Annual administration and progress report of the Indian Medical Department, Bombay
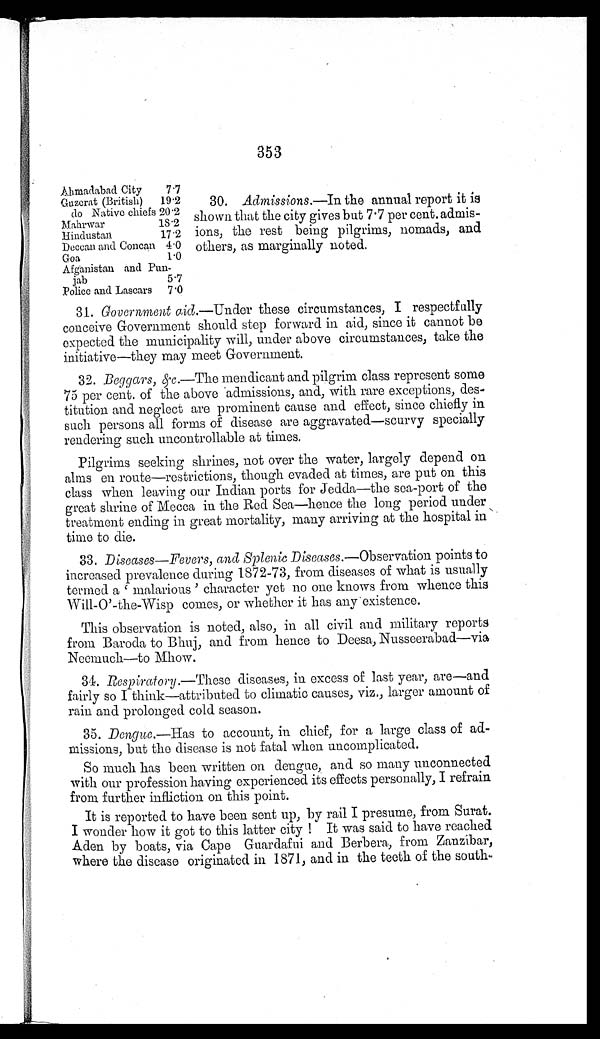
353
Ahmadabad City
7.7
Guzerat (British)
19.2
do Native chiefs 20.2
Mahrwar
18.2
Hindustan
17.2
Deccan and Concan 4.0
Goa
1.0
Afganistan and Pun-
jab
5.7
Police and Lascars
7 . 0
30. Admissions. —In the annual report it is
shown that the city gives but 7 . 7 per cent.
a d m i s - i o n s , t h e r e s t b e i n g p i l g r i m s , n o m a d s ,a
n d
others, as marginally noted.
31. Government aid.—Under these circumstances, I respectfully
conceive Government should step forward in aid, since it cannot be
expected the municipality will, under above circumstances, take the
initiative—they may meet Government.
32. Beggars, &c.—The mendicant and pilgrim class represent some
75 per cent. of the above admissions, and, with rare exceptions, des-
titution and neglect are prominent cause and effect, since chiefly in
such persons all forms of disease are aggravated—scurvy specially
rendering such uncontrollable at times.
Pilgrims seeking shrines, not over the water, largely depend on
alms en route—restrictions, though evaded at times, are put on this
class when leaving our Indian ports for Jedda—the sea-port of the
great shrine of Mecca in the Red Sea—hence the long period under
treatment ending in great mortality, many arriving at the hospital in
time to die.
33. Diseases—Fevers, and Splenic Diseases.—Observation points to
increased prevalence during 1872-73, from diseases of what is usually
t e r me d a ' ma l a r i o u s ' c h a r a c t e r y e t n o o n e k n o ws f r o m wh e n c e t h i s
Will-O'-the-Wisp comes, or whether it has any existence.
This observation is noted, also, in all civil and military reports
from Baroda to Bhuj, and from hence to Deesa, Nusseerabad—via
Neemuch—to Mhow.
34. Respiratory. —These diseases, in excess of last year, are—and
fairly so I think—attributed to climatic causes, viz., larger amount of
rain and prolonged cold season.
35. Dengue. —Has to account, in chief, for a large class of ad-
missions, but the disease is not fatal when uncomplicated.
So much has been written on dengue, and so many unconnected
with our profession having experienced its effects personally, I refrain
from further infliction on this point.
It is reported to have been sent up, by rail I presume, from Surat.
I wonder how it got to this latter city ! It was said to have reached
Aden by boats, via Cape Guardafui and Berbera, from Zanzibar,
where the disease originated in 1871, and in the teeth of the south-